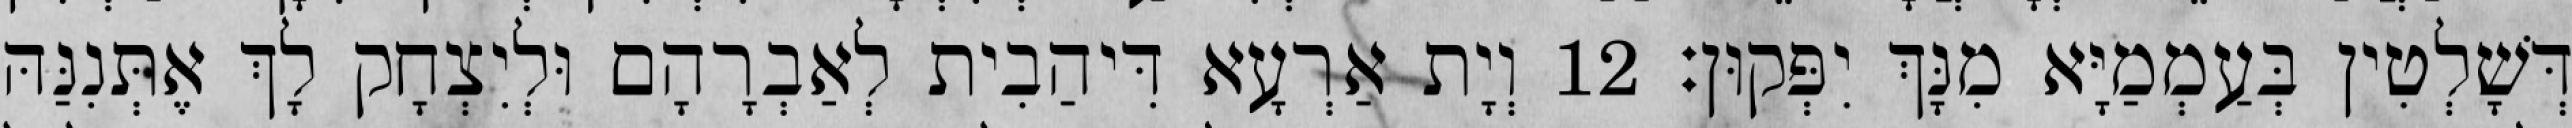
דְּשָׁלְטִין בְּעַמְמַיָּא מִנָּךְ יִפְּקוּן׃ 12 וְיָת אַרְעָא דִּיהַבִית לְאַבְרָהָם וּלְיִצְחָק לָךְ אֶתְּנִנַּהּ